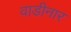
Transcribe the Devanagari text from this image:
वाडीनार